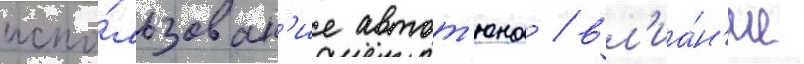
испо́льзован'ие автот'юна / вл'иа́н'ие